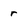
Character: r